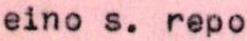
eino s. repo